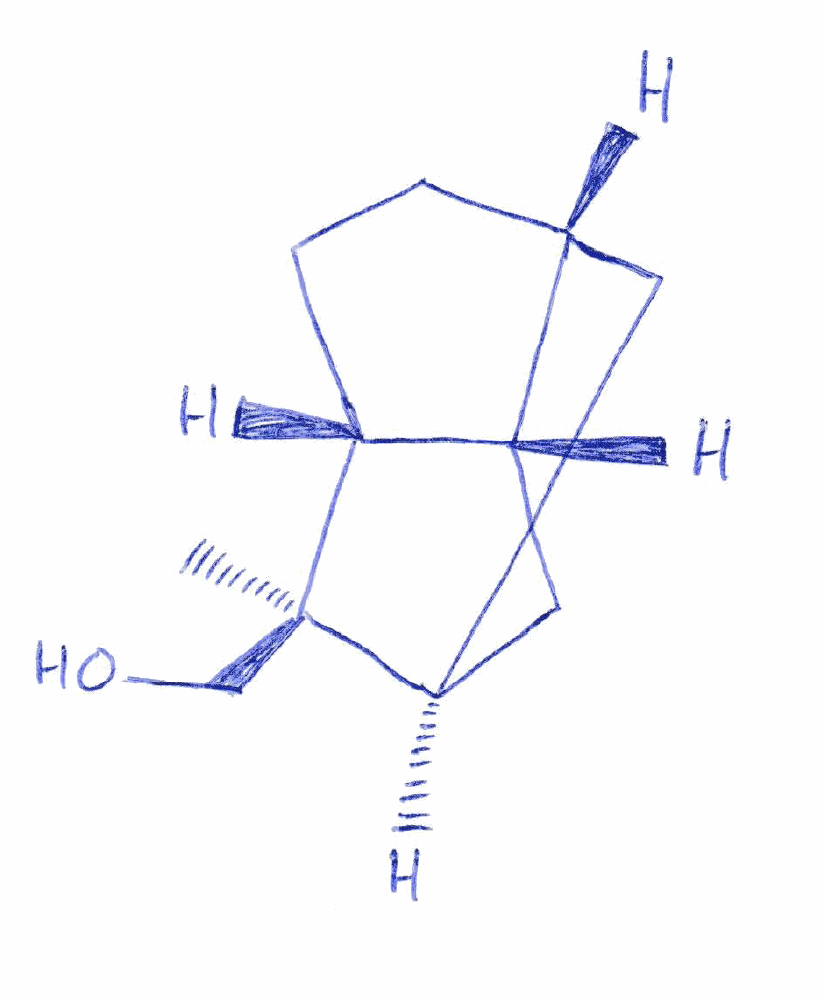
Simplified molecular-input line-entry system (SMILES) notation of the given molecule:
C[C@@]1([C@@H]2CC[C@H]3[C@@H]2C[C@@H]1C3)CO